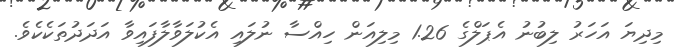
މިދިޔަ އަހަރު ލިބުނު އެޕަލްގެ 1.26 މިލިއަން ހިއްސާ ނުލައި އެކުލަވާލާފައިވާ އަދަދުތަކެކެވެ.